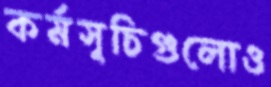
কর্মসূচিগুলোও